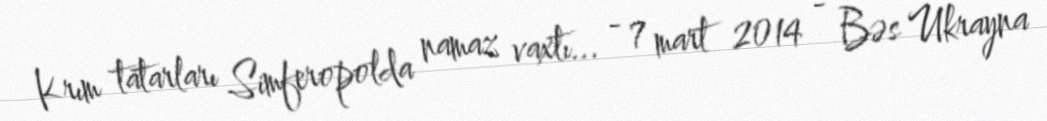
Krım tatarları Simferopolda namaz vaxtı... - 7 mart 2014 - Bəs Ukrayna